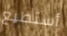
أستطيع